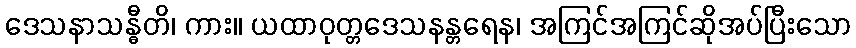
ဒေသနာသန္ဓီတိ၊ ကား။ ယထာဝုတ္တဒေသနန္တရေန၊ အကြင်အကြင်ဆိုအပ်ပြီးသော